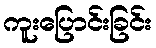
ကူးပြောင်းခြင်း